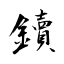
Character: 鑟